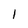
Character: l